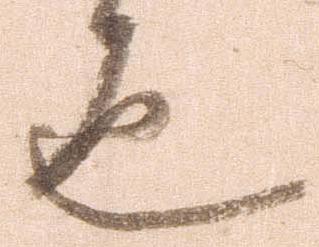
也